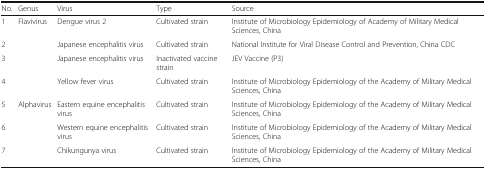
| No. | Genus | Virus | Type | Source |
 | --- | --- | --- | --- | --- |
 | 1 | <ROWSPAN=4> Flavivirus | Dengue virus 2 | Cultivated strain | Institute of Microbiology Epidemiology of Academy of Military Medical Sciences, China |
 | 2 | Japanese encephalitis virus | Cultivated strain | National Institute for Viral Disease Control and Prevention, China CDC |
 | 3 | Japanese encephalitis virus | Inactivated vaccine strain | JEV Vaccine (P3) |
 | 4 | Yellow fever virus | Cultivated strain | Institute of Microbiology Epidemiology of the Academy of Military Medical Sciences, China |
 | 5 | <ROWSPAN=3> Alphavirus | Eastern equine encephalitis virus | Cultivated strain | Institute of Microbiology Epidemiology of the Academy of Military Medical Sciences, China |
 | 6 | Western equine encephalitis virus | Cultivated strain | Institute of Microbiology Epidemiology of the Academy of Military Medical Sciences, China |
 | 7 | Chikungunya virus | Cultivated strain | Institute of Microbiology Epidemiology of the Academy of Military Medical Sciences, China |